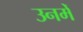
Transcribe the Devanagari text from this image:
उनमेँ